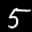
Label: 5